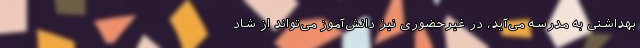
بهداشتی به مدرسه می‌آید، در غیرحضوری نیز دانش‌آموز می‌تواند از شاد